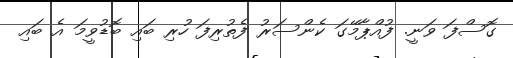
ގޮސްފަ ވަނީ. ފުއްޕާމޭގަ ކެންސަރު ފެތުރިފަ ހުރި ބައި ބޮޑުވީމަ އެ ބައި